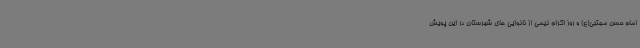
امام حسن مجتبی(ع) و روز اکرام نیمی از نانوایی های شهرستان در این پویش